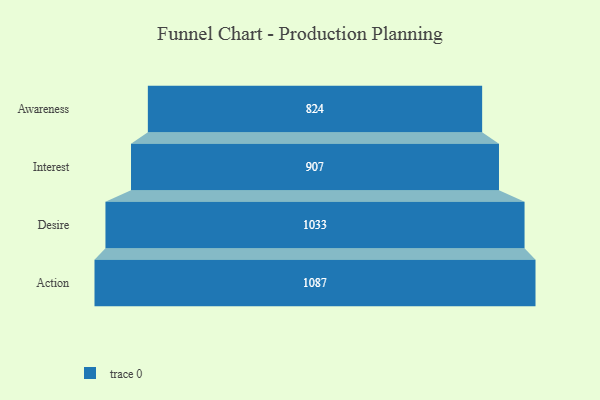
{"axis": {"x": "Stage", "y": "Value"}, "legend": [""], "data": [{"x": "Awareness", "y": 824.0, "type": ""}, {"x": "Interest", "y": 907.0, "type": ""}, {"x": "Desire", "y": 1033.0, "type": ""}, {"x": "Action", "y": 1087.0, "type": ""}]}